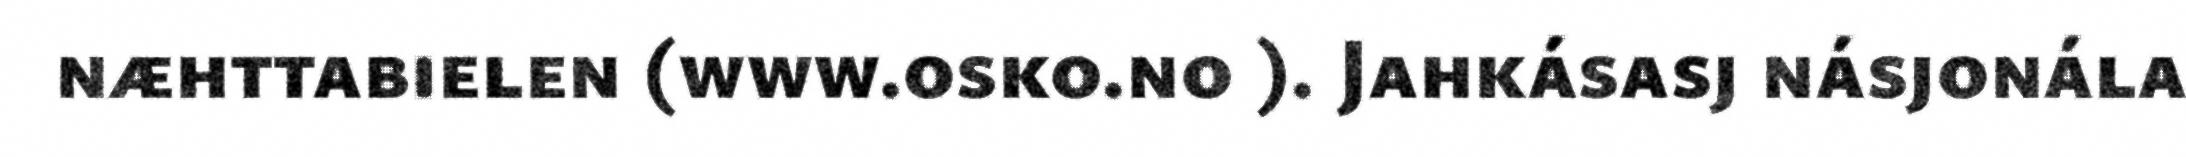
næhttabielen (www.osko.no ). Jahkásasj násjonála